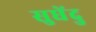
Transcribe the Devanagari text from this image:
सुधेंदु